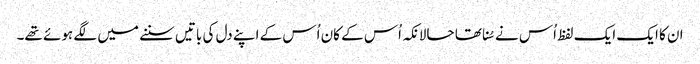
ان کا ایک ایک لفظ اُس نے سُنا تھا حالانکہ اُس کے کان اُس کے اپنے دل کی باتیں سننے میں لگے ہوئے تھے۔